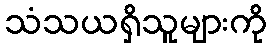
သံသယရှိသူများကို